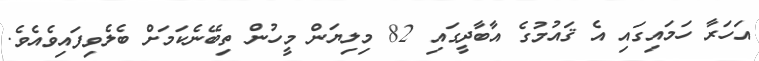
އަހަރާ ހަމައިގައި އެ ޤައުމުގެ އާބާދީގައި 82 މިލިޔަން މީހުން ތިބޭނެކަމަށް ބެލެވިފައިވެއެވެ.